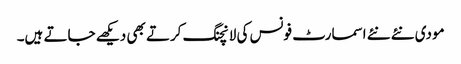
مودی نئے نئے اسمارٹ فونس کی لانچنگ کرتے بھی دیکھے جاتے ہیں۔